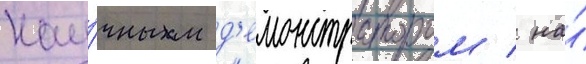
нау́чным д'емонстратором / на́